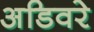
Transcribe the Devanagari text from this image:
अडिवरे